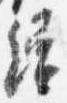
続